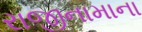
રાજીનામાના